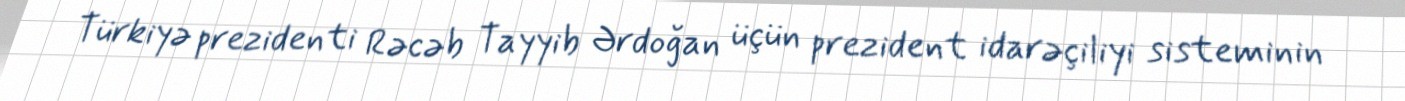
Türkiyə prezidenti Rəcəb Tayyib Ərdoğan üçün prezident idarəçiliyi sisteminin